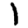
Digit: 1